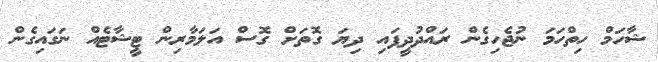
ޝާހަމް ހިތްހަމަ ނުޖެހިގެން ރައްދުދީފައި ދިޔަ ގޮތަށް ގޮސް އަލަމާރިން ޓީޝާޓެއް ނަގައިގެން